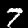
Label: 7